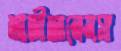
আজীজানেনসা